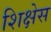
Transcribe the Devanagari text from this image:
शिक्षेस